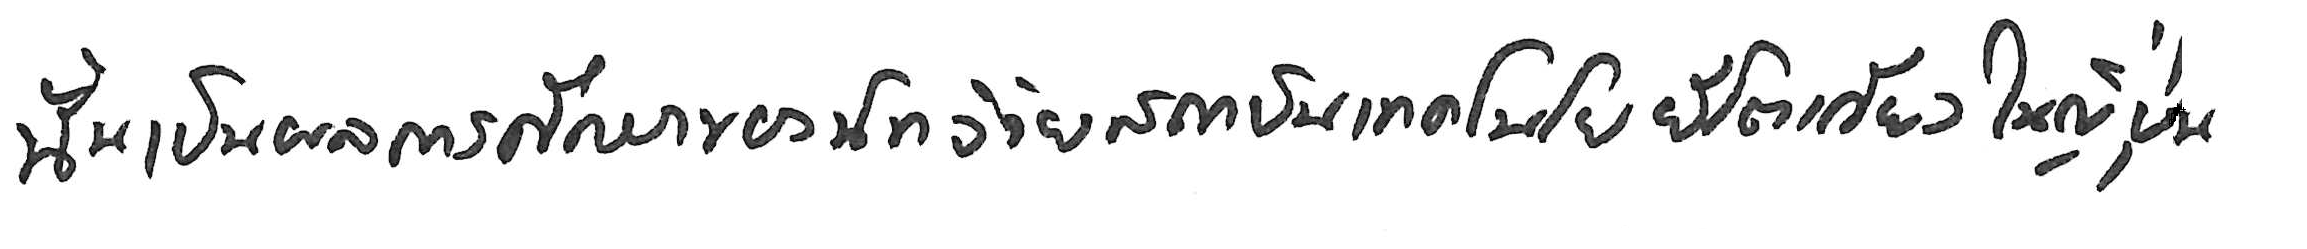
นั่นเป็นผลการศึกษาของนักวิจัยสถาบันเทคโนโลยีโตเกียว ในญี่ปุ่น